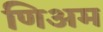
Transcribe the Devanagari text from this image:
णिअम